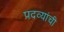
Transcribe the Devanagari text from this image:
पदव्यांची